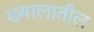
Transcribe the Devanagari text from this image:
ख्यालातील